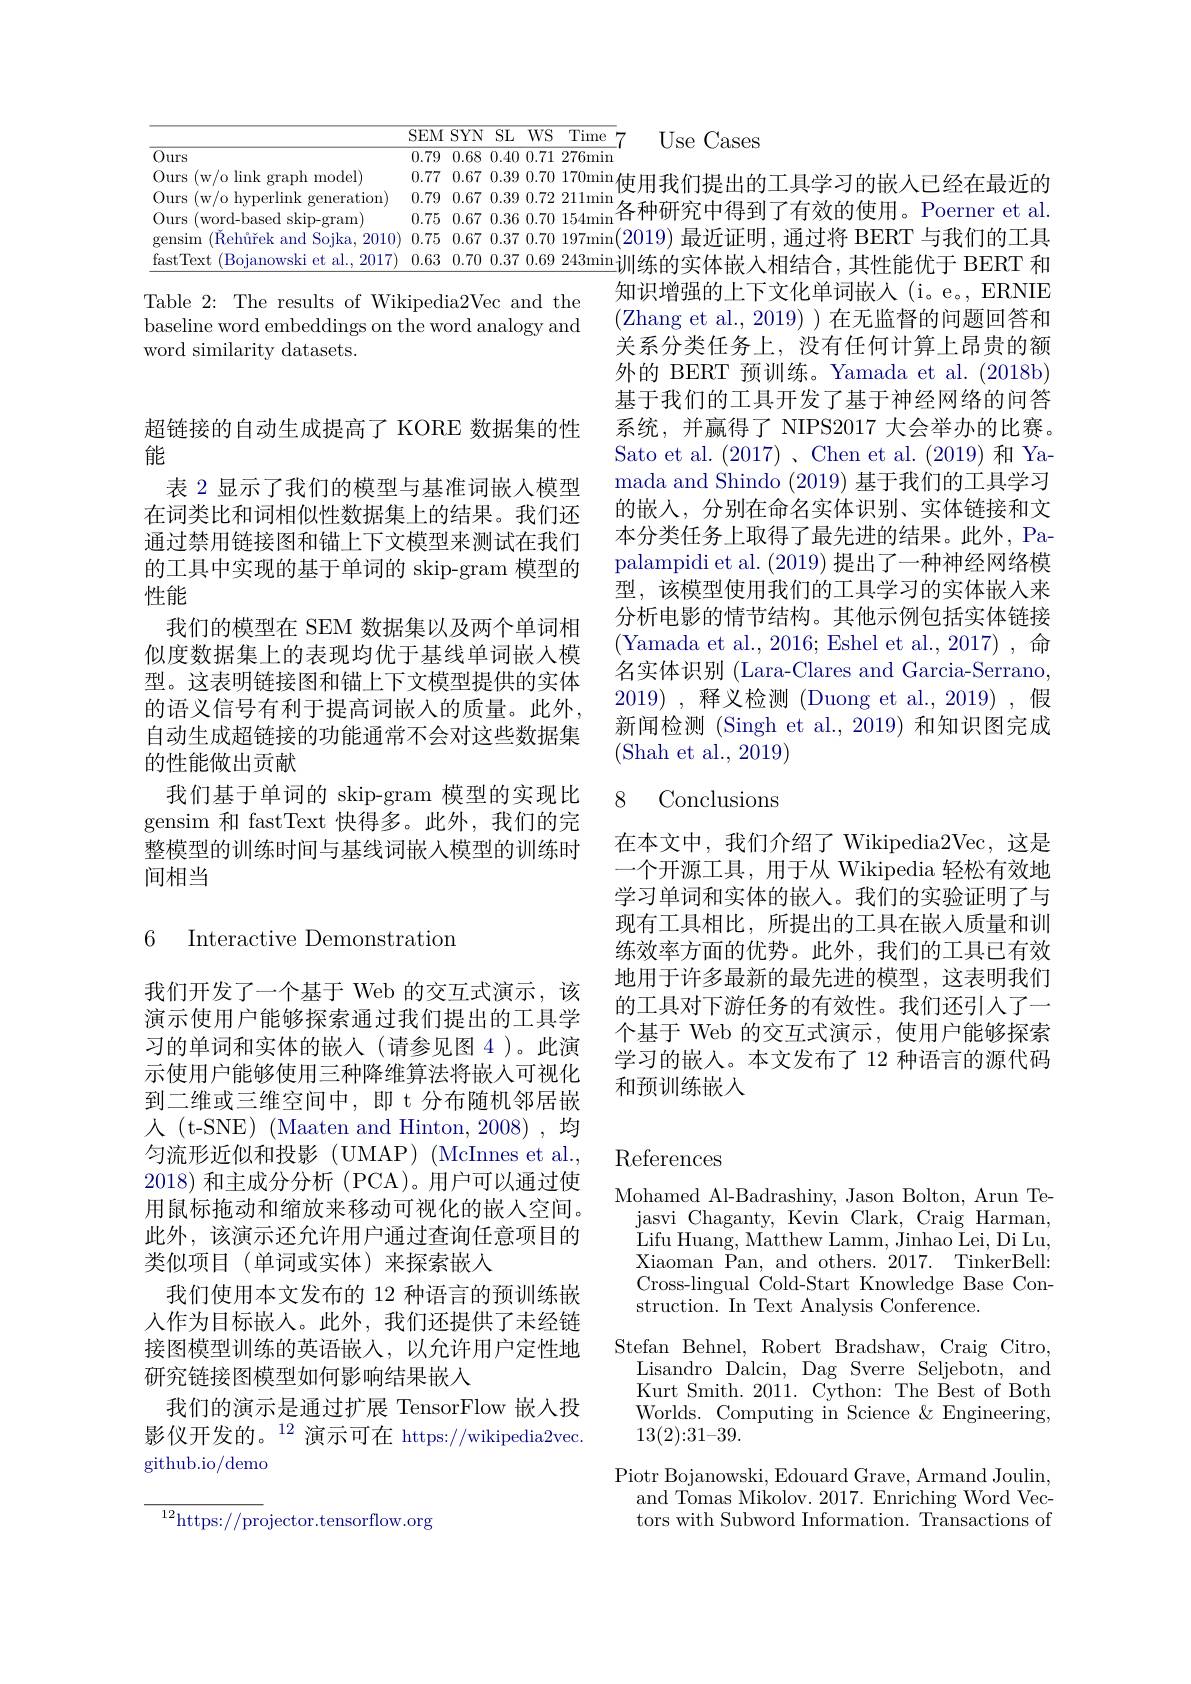
<table>
	<tbody>
		<tr>
			<th> </th>
			<th>$\overline{\mathrm{SEM}}$</th>
			<th>$\overline{\mathrm{SL}}$ $N$</th>
			<th>$\overline{WS}$</th>
			<th>Time</th>
		</tr>
		<tr>
			<td>$\overline{Ours}$</td>
			<td>0.79</td>
			<td>$i8$ 0.40</td>
			<td>0.71 1</td>
			<td>276min</td>
		</tr>
		<tr>
			<td>Ours ( w/ o link graph model) </td>
			<td>0.77</td>
			<td>:7 0.39</td>
			<td>0.70 9</td>
			<td>170min</td>
		</tr>
		<tr>
			<td>Ours (w/o hyperlink ${\mathrm{.~generation}}$</td>
			<td>0.79</td>
			<td>:7 0.39</td>
			<td>0.72 9</td>
			<td>211min</td>
		</tr>
		<tr>
			<td>Ours $^{\prime }$word- based skip- gram</td>
			<td>0.75</td>
			<td>:7 0.36</td>
			<td>0.70 $\tilde{j}$</td>
			<td>154min</td>
		</tr>
		<tr>
			<td>( $\tilde{R}$eh$\" {u}$rekandSojka, 2010) gensim</td>
			<td>0.75</td>
			<td>:7 0.37</td>
			<td>0.70</td>
			<td>197min</td>
		</tr>
		<tr>
			<td>fastText Boianowski et al. ,2017</td>
			<td>0.63</td>
			<td>$'0$ 0.37</td>
			<td>0.69</td>
			<td>243min</td>
		</tr>
	</tbody>
</table>
$197\min(2019)$最近证明，通过将 BERT 与我们的工具$243\min$训练的实体嵌人相结合，其性能优于 BERT 和

Table 2: The results of Wikipedia2Vec and the baseline word embeddings on the word analogy and word similarity datasets.

超链接的自动生成提高了 KORE 数据集的性
## 能

的工具中实现的基于单词的 skip-gram 模型的
# 性能

表 2 显示了我们的模型与基准词嵌入模型在词类比和词相似性数据集上的结果。我们还通过禁用链接图和锚上下文模型来测试在我们
我们的模型在 SEM 数据集以及两个单词相似度数据集上的表现均优于基线单词嵌入模型。这表明链接图和锚上下文模型提供的实体的语义信号有利于提高词嵌入的质量。此外自动生成超链接的功能通常不会对这些数据集的性能做出贡献
我们基于单词的 skip-gram 模型的实现比gensim 和 fastText 快得多。此外，我们的完整模型的训练时间与基线词嵌入模型的训练时间相当

### 6 Interactive Demonstration

我们开发了一个基于 Web 的交互式演示，该演示使用户能够探索通过我们提出的工具学习的单词和实体的嵌入(请参见图 4 )。此演示使用户能够使用三种降维算法将嵌入可视化到二维或三维空间中，即 t 分布随机邻居嵌人 (t-SNE) (Maaten and Hinton, 2008), 均匀流形近似和投影(UMAP)(McInnes et al., 2018)和主成分分析 (PCA)。用户可以通过使用鼠标拖动和缩放来移动可视化的嵌人空间。此外，该演示还允许用户通过查询任意项目的类似项目(单词或实体)来探索嵌入
我们使用本文发布的 12 种语言的预训练嵌人作为目标嵌入。此外，我们还提供了未经链接图模型训练的英语嵌入，以允许用户定性地研究链接图模型如何影响结果嵌入
我们的演示是通过扩展 TensorFlow 嵌入投影仪开发的。$^{12}$演示可在 https://wikipedia2vec. github.io/demo

${\frac{^{12}\mathrm{https:}//\mathrm{pr}}\mathrm{ojector.tensorflow.org}}$

Use Cases

使用我们提出的工具学习的嵌入已经在最近的各种研究中得到了有效的使用。Poerner et al 知识增强的上下文化单词嵌入(i。e。,ERNIE (Zhang et al., 2019) ) 在无监督的问题回答和关系分类任务上，没有任何计算上昂贵的额外的 BERT 预训练。Yamada et al. (2018b) 基于我们的工具开发了基于神经网络的问答系统，并赢得了 NIPS2017 大会举办的比赛。Sato et al. (2017)、Chen et al.(2019)和 Yamada and Shindo (2019)基于我们的工具学习的嵌入，分别在命名实体识别、实体链接和文本分类任务上取得了最先进的结果。此外，Papalampidi et al. (2019)提出了一种神经网络模型，该模型使用我们的工具学习的实体嵌入来分析电影的情节结构。其他示例包括实体链接(Yamada et al.,2016; Eshel et al.,2017), 命名实体识别 (Lara-Clares and Garcia-Serrano, 2019) , 释义检测 (Duong et al.,2019),假新闻检测 (Singh et al., 2019) 和知识图完成(Shah et al., 2019)

# 8 Conclusions

在本文中，我们介绍了 Wikipedia2Vec,这是一个开源工具，用于从 Wikipedia 轻松有效地学习单词和实体的嵌人。我们的实验证明了与现有工具相比，所提出的工具在嵌入质量和训练效率方面的优势。此外，我们的工具已有效地用于许多最新的最先进的模型，这表明我们的工具对下游任务的有效性。我们还引入了一个基于 Web 的交互式演示，使用户能够探索学习的嵌入。本文发布了 12 种语言的源代码和预训练嵌人

### $\operatorname{References}$

Mohamed Al-Badrashiny, Jason Bolton, Arun Te-
$\mathop{\text{jasvi Chaganty, Kevin Clark, Craig Harman}}$, Lifu Huang, Matthew Lamm, Jinhao Lei, Di Lu, Xiaoman $\overset{'}{\operatorname*{\operatorname*{Pan}}}$,andothers. 2017.TinkerBell: Cross-lingual Cold-Start Knowledge Base Construction. In Text Analysis Conference.
Stefan Behnel, Robert Bradshaw, Craig Citro, Lisandro Dalcin, Dag Sverre Seljebotn, and Kurt Smith. 2011. Cython: The Best of Both Worlds. Computing in Science &Engineering, 13(2){:}31{-}39.
Piotr Bojanowski, Edouard Grave, Armand Joulin,
and Tomas Mikolov. 2017. Enriching Word Vectors with Subword Information. Transactions of